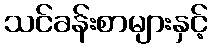
သင်ခန်းစာများနှင့်